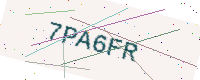
Text: 7PA6FR